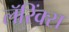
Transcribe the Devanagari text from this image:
लॅरिंक्स